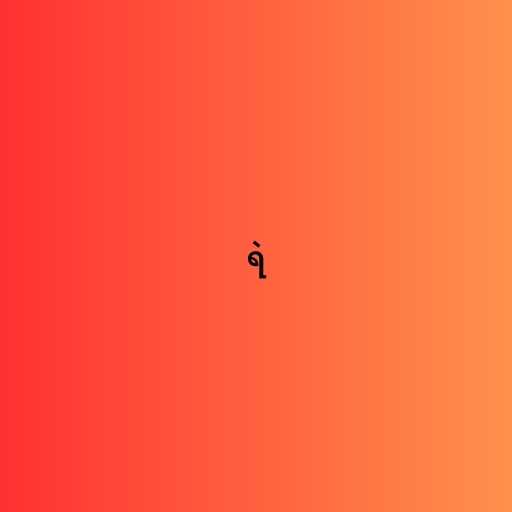
ရဲ